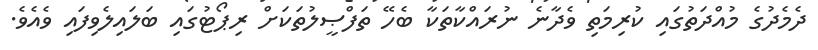
ދެމެދުގެ މުއްދަތުގައި ކުރިމަތި ވެދާނެ ނުރައްކާތަކާ ބެހޭ ތަފްޞީލުތަކަށް ރިޕޯޓުގައި ބަލައިލެވިފައި ވެއެވެ.